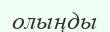
олыңды